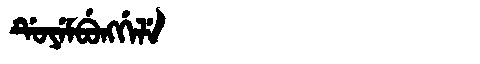
Manchu: ᡩᡠᠶᡝᠮᠪᡠᠩᡤᡝᠯᡝ
Romanization: DUYEMBUNGGELE